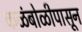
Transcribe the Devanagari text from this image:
कळंबोळीपासून